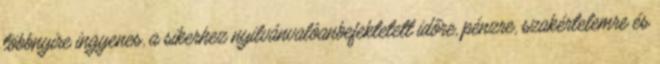
többnyire ingyenes, a sikerhez nyilvánvalóanbefektetett időre, pénzre, szakértelemre és